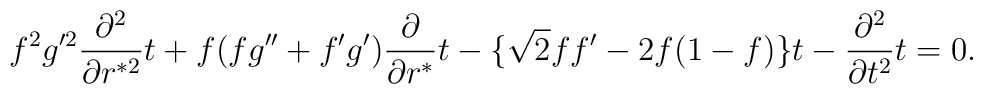
f^2 g'^2 {\partial^2 \over \partial r^{*2}} t  + f ( f g'' +  f' g'){\partial \over \partial r^* }t - \{ \sqrt 2 ff' - 2 f (1 - f) \} t - {\partial^2 \over \partial t^2} t = 0.